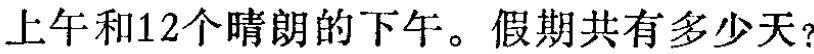
上午和12个晴朗的下午。假期共有多少天？